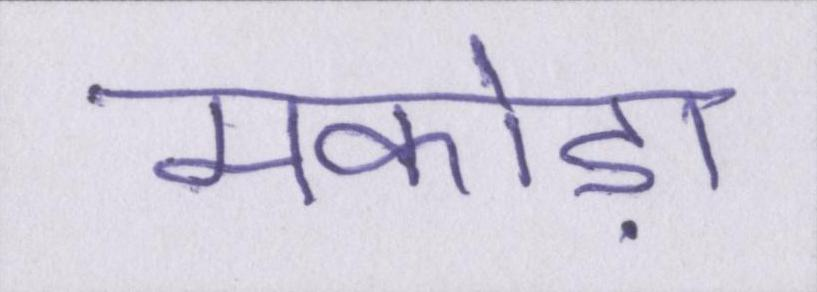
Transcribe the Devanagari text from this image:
मकोड़ा